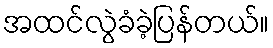
အထင်လွဲခံခဲ့ပြန်တယ်။